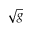
\sqrt { g }